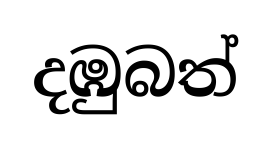
දඹුබත්